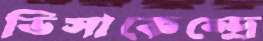
ভিসাকেন্দ্রে